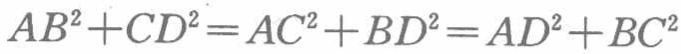
\(AB^{2}+CD^{2}=AC^{2}+BD^{2}=AD^{2}+BC^{2}\)